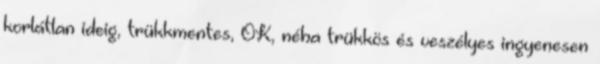
korlátlan ideig, trükkmentes, OK, néha trükkös és veszélyes ingyenesen